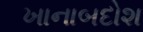
ખાનાબદોશ